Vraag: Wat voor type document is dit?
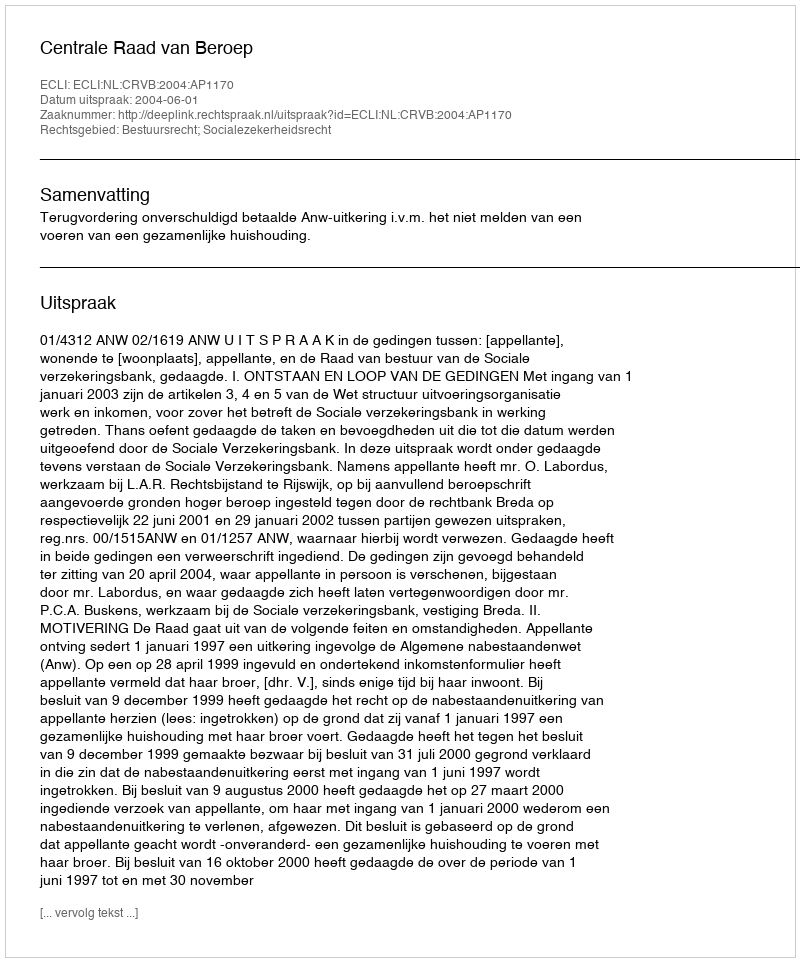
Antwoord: Uitspraak